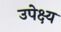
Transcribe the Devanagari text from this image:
उपेक्ष्य